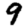
Digit: 9